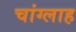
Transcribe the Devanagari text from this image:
चांग्लाह